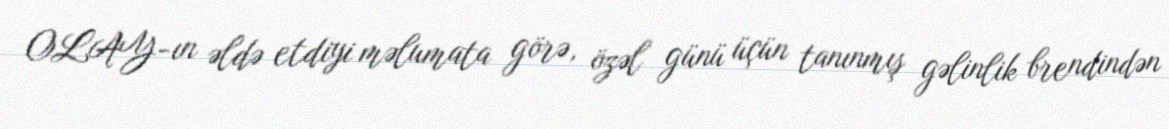
OLAY-ın əldə etdiyi məlumata görə, özəl günü üçün tanınmış gəlinlik brendindən